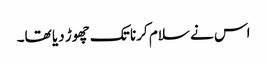
اس نے سلام کرنا تک چھوڑ دیا تھا۔